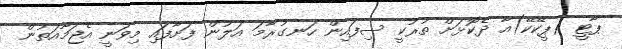
ޕާޓީ (ޕީކޭކޭ)އާ ދެކޮޅަށް ތުރުކީ ސިފައިން ހަނގުރާމަ އަލުން ފަށާފައި މިވަނީ އެޖަމާއަތުން